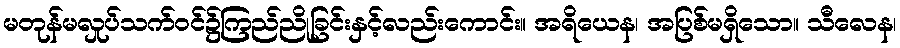
မတုန်မလှုပ်သက်ဝင်၌ကြည်ညိုခြင်းနှင့်လည်းကောင်း။ အရိယေန၊ အပြစ်မရှိသော။ သီလေန၊